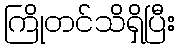
ကြိုတင်သိရှိပြီး